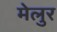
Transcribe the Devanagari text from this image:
मेलुर